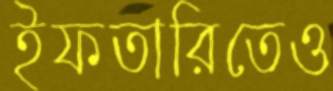
ইফতারিতেও